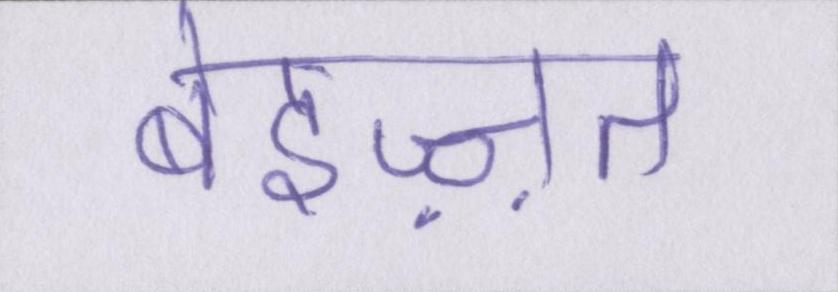
बेइज़्ज़त